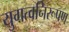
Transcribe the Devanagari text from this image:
युगत्वनिरूपण